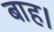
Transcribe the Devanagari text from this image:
बाह।